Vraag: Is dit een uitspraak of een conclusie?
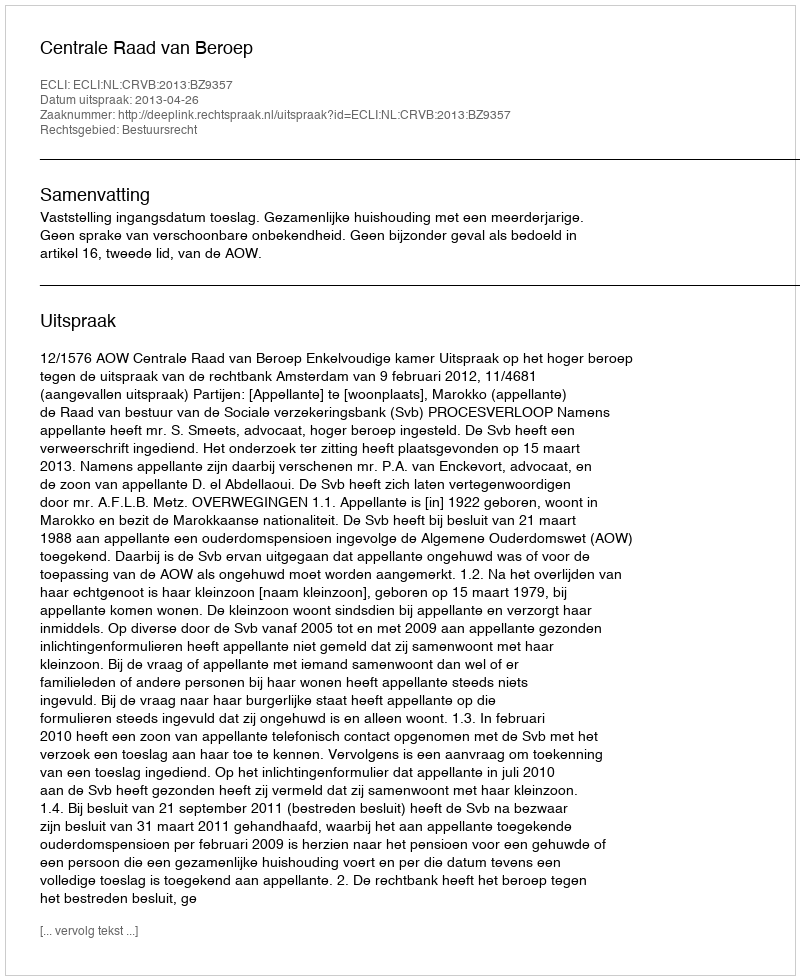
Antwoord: Uitspraak